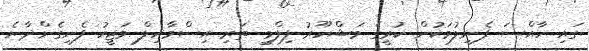
ގައި ހާއްސަ ފެނިލުމަކުން ކުރީގެ މަޝްހޫރު ފިލްމީ ތަރި އިސްމާއިލް ވަޖީހު ފެނިގެންދާނެ